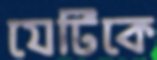
যেটিকে